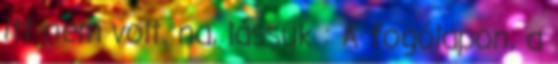
itt nem volt. na, lássuk : A fogólapon, a